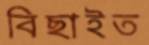
বিছাইত